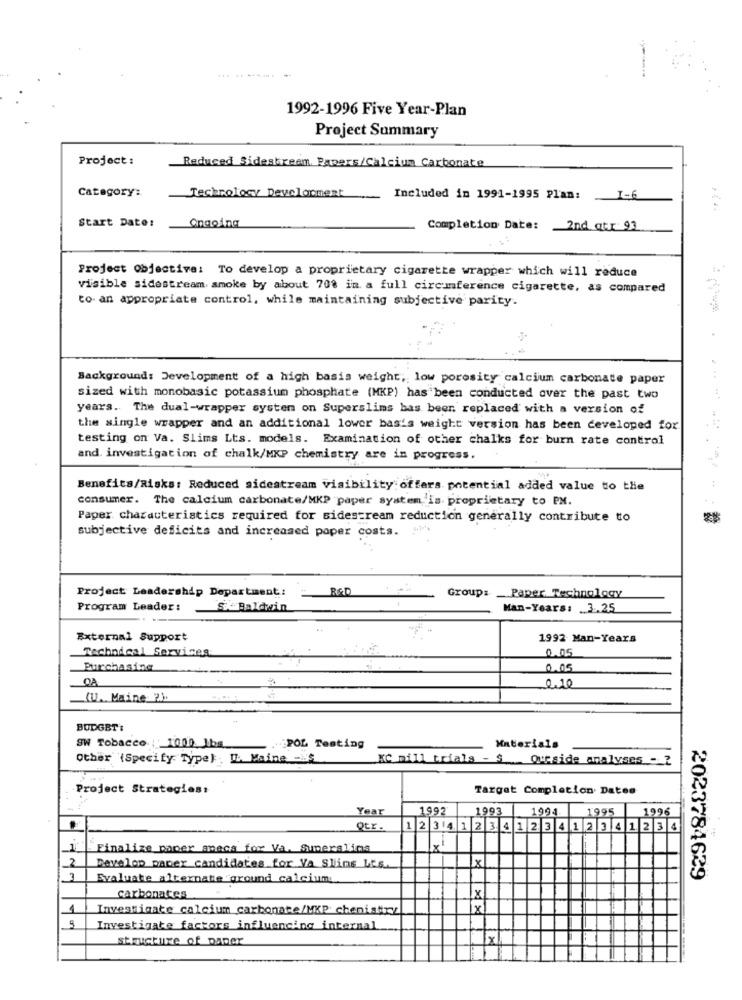
....
1992-1996 Five Year-Plan
Project Summary
Project :
Reduced Sidestream. Papers/Calcium Carbonate
Category:
Techrolow Development
Included in 1991-1995 Plan:
I-6
Start Date:
Ongoing
Completion Date: 2nd qtx 93
Project objective: To develop a proprietary cigarette wrapper which will reduce
visible sidestream smoke by about 708 in a full circumference cigarette, as compared
to- an appropriate control, while maintaining subjective parity.
Background: Development of a high basis weight, low porosity calcium carbonate paper
sized with monobasic potassium phosphate (MKP) has been conducted over the past two
years. The dual-wrapper systen on Superslims bas beer replaced with a version of
the single wrapper and an additional lower basis weight version has been developed for
testing on Va. Slims Lts. models. Examination of other chalks for burn rate control
and. investigation of chalk/MKP chemistry are in progress.
Benefits/Risks: Reduced sidestream visibility: offers. potential added value to the
consumer. The calcium carbonate/MKP "paper system is proprietary to PX.
Paper characteristics required for sidestream reduction generally contribute to
subjective deficits and increased paper costs. "".
Project Leadership Department:
Group:
Paper, Technology
Program Leader:
SXBaldwin
Man-Years: 3.25
External Support
1992 Man-Years
Technical Services
0.05
Purchasing
0.05
OA
0.10
(U .. Maine 2)
BUDGET:
SW Tobacco, 1000 Iba
.POL Testing
Materials
Other (Specify Type): IL. Maine -"'S
KC mill trials - $ Ourside analyses - 2
Project Strategies:
Target Completion Dates
Year
1992
1993
1994.
1995
1996
Qtr-
12 34 1 2 3 4 1 2 3 4 1 2 3 4 1 2 3 4
Finalize paper macs for Va. Superalins
2
Develop paper candidates for Va Slims Lts.
Lx
Evaluate alternate ground calcium
2023784629
carbonates
1
Investigate calcium carbonate/MKP chemistry
X
S
Investigate factors influencing internal
structure of paper
Tx